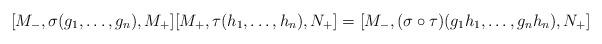
LaTeX: \begin{align*}[M_-,\sigma(g_1,\dots,g_n),M_+][M_+,\tau(h_1,\dots,h_n),N_+] = [M_-,(\sigma\circ\tau)(g_1 h_1,\dots,g_n h_n),N_+] \end{align*}